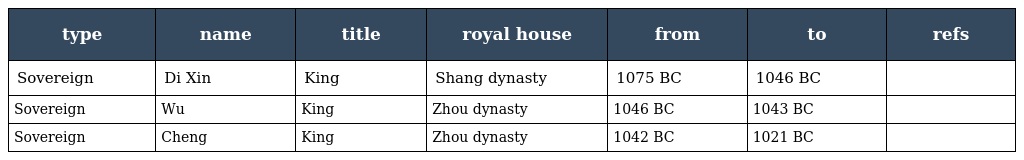
| type | name | title | royal house | from | to | refs |
 | --- | --- | --- | --- | --- | --- | --- |
 | Sovereign | Di Xin | King | Shang dynasty | 1075 BC | 1046 BC |  |
 | Sovereign | Wu | King | Zhou dynasty | 1046 BC | 1043 BC |  |
 | Sovereign | Cheng | King | Zhou dynasty | 1042 BC | 1021 BC |  |